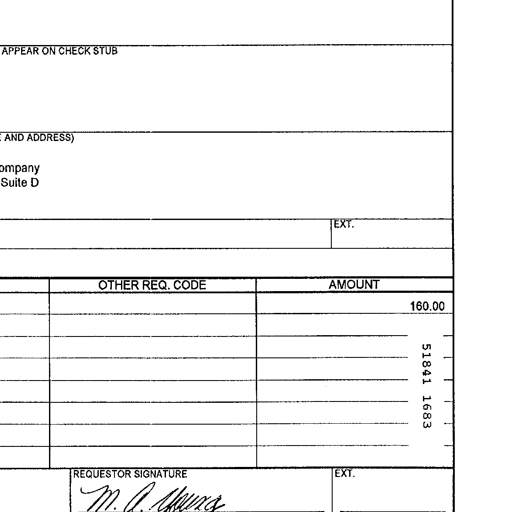
APPEAR ON CHECK STUB
AND ADDRESS)
ompany
Suite D
EXT.
OTHER REQ. CODE AMOUNT
160.00
51841 1683
REQUESTOR SIGNATURE EXT.
M. A. Young